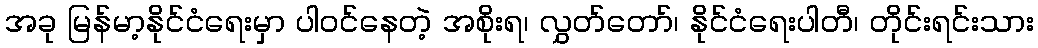
အခု မြန်မာ့နိုင်ငံရေးမှာ ပါဝင်နေတဲ့ အစိုးရ၊ လွှတ်တော်၊ နိုင်ငံရေးပါတီ၊ တိုင်းရင်းသား